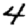
Digit: 4